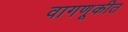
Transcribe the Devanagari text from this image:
वागणूकीत